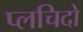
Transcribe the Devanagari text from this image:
प्लचिदो